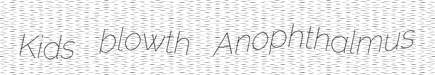
Kids blowth Anophthalmus